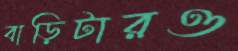
বাড়িটারও